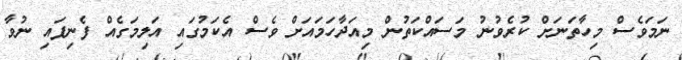
ނަމަވެސް މިހާތަނަށް ކުރެވުނު މަސައްކަތުން މިއަދާހަމައަށް ވެސް އެކަމުގައި އަލިމަގެއް ފެނިފައި ނުވާ